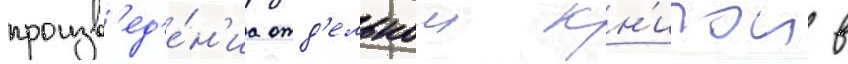
произв'ед'е́н'иа отд'ельнои кн'игои в